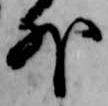
外